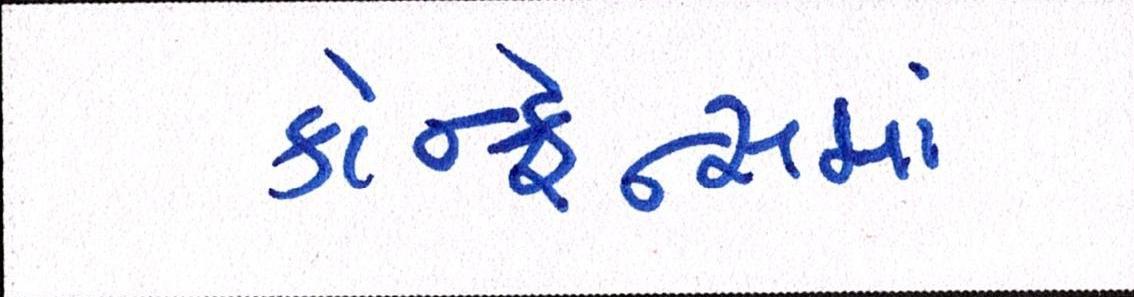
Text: કોન્ફ્રેન્સમાં